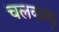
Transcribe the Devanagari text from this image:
चलकायु